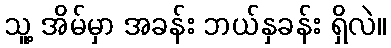
သူ့ အိမ်မှာ အခန်း ဘယ်နှခန်း ရှိလဲ။